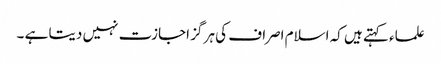
علماء کہتے ہیں کہ اسلام اصراف کی ہر گز اجازت نہیں دیتا ہے ۔